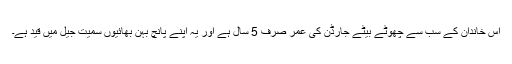
اس خاندان کے سب سے چھوٹے بیٹے جارڈن کی عمر صرف 5 سال ہے اور یہ اپنے پانچ بہن بھائیوں سمیت جیل میں قید ہے۔